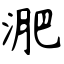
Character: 淝